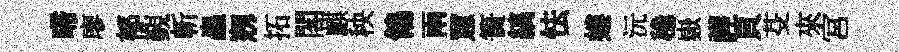
啼廖郁覲斬蟲剏拓閣麒秧鴒兩罳簣縞怯螻沅稳嶽譁頁芟來宮